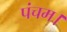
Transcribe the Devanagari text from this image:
पंचम।